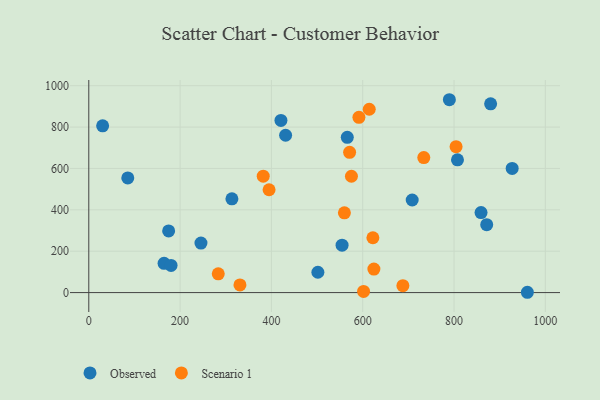
{"axis": {"x": "Experience", "y": "Profit"}, "legend": ["Observed", "Scenario 1"], "data": [{"x": "927.4", "y": 600.3, "type": "Observed"}, {"x": "174.9", "y": 298.0, "type": "Observed"}, {"x": "420.9", "y": 832.0, "type": "Observed"}, {"x": "30.3", "y": 806.2, "type": "Observed"}, {"x": "313.5", "y": 453.4, "type": "Observed"}, {"x": "871.6", "y": 328.3, "type": "Observed"}, {"x": "164.9", "y": 141.4, "type": "Observed"}, {"x": "880.2", "y": 912.6, "type": "Observed"}, {"x": "789.8", "y": 932.2, "type": "Observed"}, {"x": "501.8", "y": 98.4, "type": "Observed"}, {"x": "566.2", "y": 750.5, "type": "Observed"}, {"x": "180.2", "y": 131.2, "type": "Observed"}, {"x": "245.7", "y": 239.2, "type": "Observed"}, {"x": "85.4", "y": 554.1, "type": "Observed"}, {"x": "554.8", "y": 229.2, "type": "Observed"}, {"x": "807.6", "y": 641.7, "type": "Observed"}, {"x": "708.4", "y": 447.4, "type": "Observed"}, {"x": "859.2", "y": 386.7, "type": "Observed"}, {"x": "960.7", "y": 1.5, "type": "Observed"}, {"x": "431.1", "y": 760.5, "type": "Observed"}, {"x": "575.3", "y": 562.3, "type": "Scenario 1"}, {"x": "601.9", "y": 5.4, "type": "Scenario 1"}, {"x": "382.1", "y": 562.7, "type": "Scenario 1"}, {"x": "614.3", "y": 886.2, "type": "Scenario 1"}, {"x": "688.0", "y": 33.6, "type": "Scenario 1"}, {"x": "331.1", "y": 36.9, "type": "Scenario 1"}, {"x": "622.3", "y": 265.0, "type": "Scenario 1"}, {"x": "559.9", "y": 385.7, "type": "Scenario 1"}, {"x": "283.6", "y": 90.5, "type": "Scenario 1"}, {"x": "733.8", "y": 652.8, "type": "Scenario 1"}, {"x": "394.9", "y": 497.1, "type": "Scenario 1"}, {"x": "804.5", "y": 705.5, "type": "Scenario 1"}, {"x": "591.7", "y": 847.3, "type": "Scenario 1"}, {"x": "571.3", "y": 678.0, "type": "Scenario 1"}, {"x": "624.5", "y": 113.5, "type": "Scenario 1"}]}